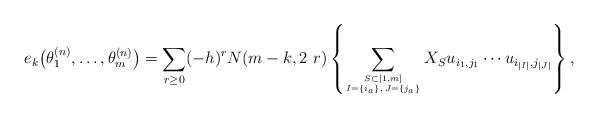
\begin{gather*}e_k\big(\theta_1^{(n)},\ldots, \theta_m^{(n)}\big) = \sum_{r \ge 0} (-h)^{r} N(m-k,2~r) \left\{ \sum_{S \subset [1,m] \atop I=\{i_a\},\, J=\{j_a\}} X_{S}u_{i_{1},j_{1}} \cdots u_{i_{|I|},j_{|J|}} \right\},\end{gather*}